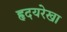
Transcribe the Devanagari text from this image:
हृदयरेखा